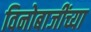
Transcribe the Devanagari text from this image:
विनोबाजींच्या